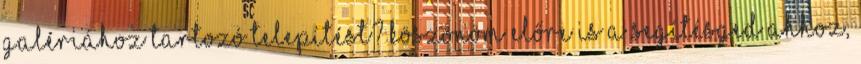
galériához tartozó telepítést? Köszönöm előre is a segítésged Ahhoz,